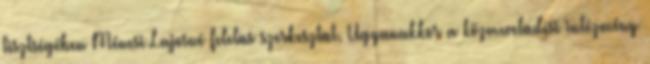
tisztségében Ménesi Lajosné felelœs szerkesztœt. Ugyanakkor a közmıvelœdési intézmény